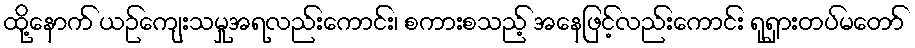
ထို့နောက် ယဉ်ကျေးသမှုအရလည်းကောင်း၊ စကားစသည့် အနေဖြင့်လည်းကောင်း ရုရှားတပ်မတော်